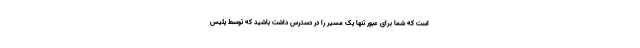
است که شما برای عبور تنها یک مسیر را در دسترس داشت باشید که توسط پلیس